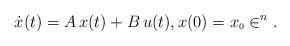
LaTeX: \begin{align*} \dot{x}(t)=A\,x(t)+B\,u(t), x(0)=x_{\scriptscriptstyle 0} \in \real^n. \end{align*}